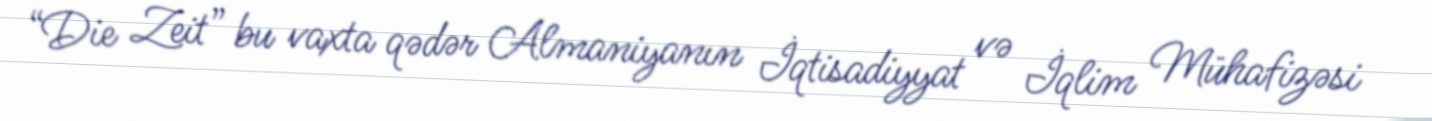
“Die Zeit” bu vaxta qədər Almaniyanın İqtisadiyyat və İqlim Mühafizəsi